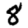
Digit: 8